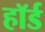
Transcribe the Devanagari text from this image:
हॉर्ड